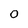
Character: 0